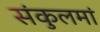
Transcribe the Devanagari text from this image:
संकुलमां